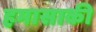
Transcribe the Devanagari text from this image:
हमासाकी